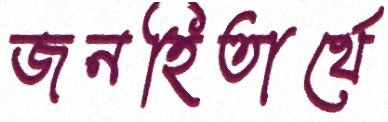
জনহিতার্থে